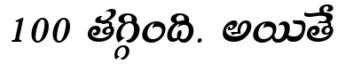
100 తగ్గింది. అయితే